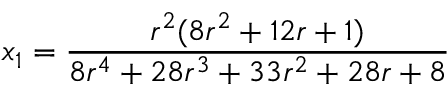
x _ { 1 } = \frac { r ^ { 2 } ( 8 r ^ { 2 } + 1 2 r + 1 ) } { 8 r ^ { 4 } + 2 8 r ^ { 3 } + 3 3 r ^ { 2 } + 2 8 r + 8 }